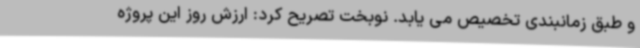
و طبق زمانبندی تخصیص می یابد. نوبخت تصریح کرد: ارزش روز این پروژه